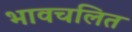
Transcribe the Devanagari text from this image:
भावचलित